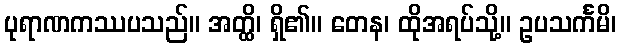
ပုရာဏကဿပသည်။ အတ္ထိ၊ ရှိ၏။ တေန၊ ထိုအရပ်သို့။ ဥပသင်္ကမိ၊